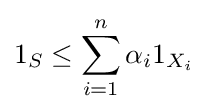
1_{S}\leq \sum _{i=1}^{n}\alpha _{i}1_{X_{i}}